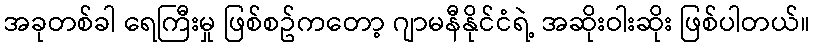
အခုတစ်ခါ ရေကြီးမှု ဖြစ်စဥ်ကတော့ ဂျာမနီနိုင်ငံရဲ့ အဆိုးဝါးဆိုး ဖြစ်ပါတယ်။